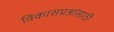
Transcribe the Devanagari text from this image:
विकासप्रश्नांसाठी